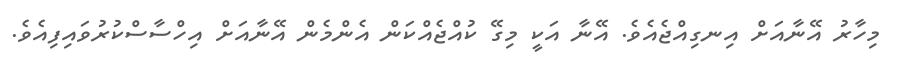
މިހާރު އޭނާއަށް އިނގިއްޖެއެވެ. އޭނާ އަކީ މިގޭ ކުއްޖެއްކަން އެންމެން އޭނާއަށް އިހްސާސްކުރުވައިފިއެވެ.